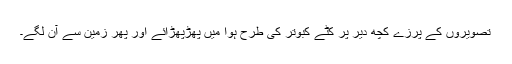
تصویروں کے پرزے کچھ دیر پر کٹے کبوتر کی طرح ہوا میں پھڑپھڑائے اور پھر زمین سے آن لگے۔